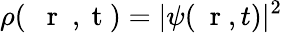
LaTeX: \rho(\mathrm{~{~\mathbf~r~}~,~t~})=|\psi(\mathrm{~\mathbf~r~},t)|^{2}